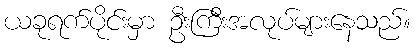
ယခုရက်ပိုင်းမှာ ဦးကြီးအလုပ်များနေသည်။